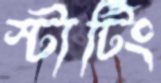
স্টার্টিং